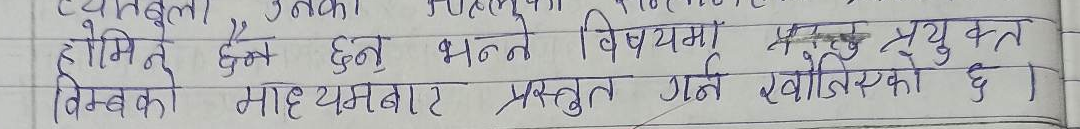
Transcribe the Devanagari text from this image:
होमिने छन् भन्ने विषयमा प्रकृष्ट युक्त
विम्बको माध्यमबाट प्रस्तुत गर्न खोजिएको छ ।